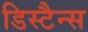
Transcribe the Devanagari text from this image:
डिस्टैन्स